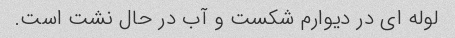
لوله ای در دیوارم شکست و آب در حال نشت است.